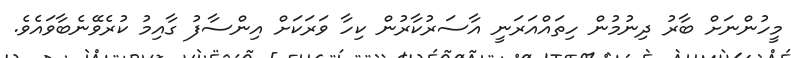
މީހުންނަށް ބާރު ދިނުމުން ހިތައްއަރަނީ އާސަރުކާރުން ކިހާ ވަރަކަށް އިންސާފު ގާއިމު ކުރެވޭނެބާވައެވެ.